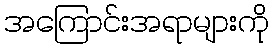
အကြောင်းအရာများကို